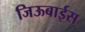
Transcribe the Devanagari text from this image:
जिऊबाईस